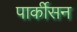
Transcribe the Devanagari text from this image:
पार्कीसन